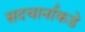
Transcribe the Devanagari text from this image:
सदचार्नाकडे